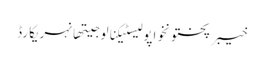
خیبرپختونخواپولیسٹیکنالوجیتھانہریکارڈ